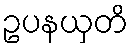
ဥပနယှတိ